Annual statistical returns and brief notes on vaccination in Bengal - 1896-1909
Year: 1896
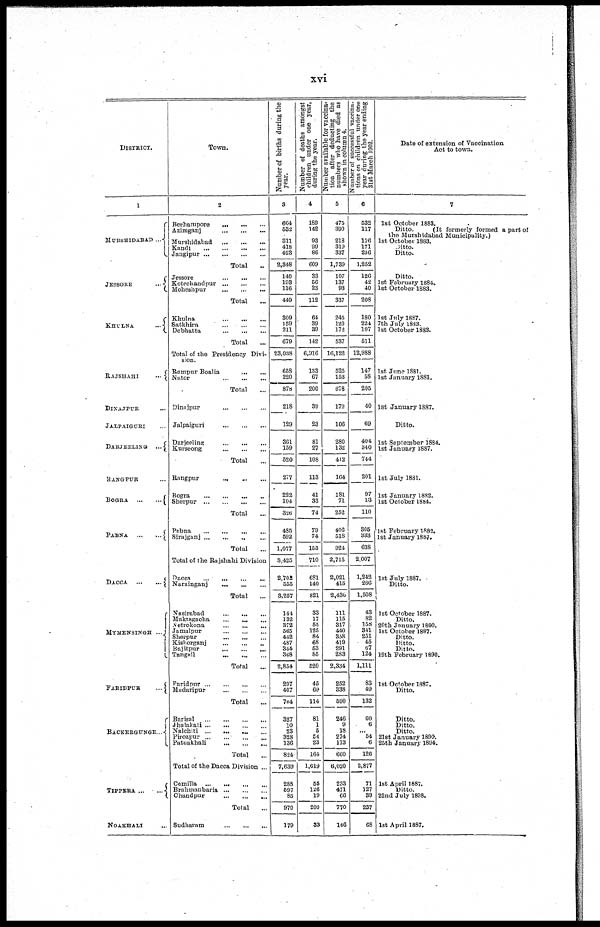
xvi
DISTRICT.
1
MURSHIDABAD ...
JESSORE
...
KHULAN
...
RAJSHAHI
...
DINAJPUR ...
JALPAIGURI ...
DARJEELING ...
RANGPUR ...
BOGRA
...
...
PABNA
...
...
DACCA ... ...
MYMENSINGH ...
FARIDPUR
...
BACKERGUNGE ...
TIPPERA ... ...
NOAKHALI ...
Town.
2
Berhampore
...
...
...
Azimganj
...
...
...
Murshidabad
...
...
...
Kandi
...
...
...
...
Jangipur
...
...
...
...
Total ...
Jessore
Kotechandpur
...
...
...
Moheshpur
...
...
...
Total ...
Khulna
...
...
...
Satkhira
...
...
...
Debhatta
...
...
...
Total ...
Total of the Presidency Divi¬
sion
Rampur Boalia
... ...
Nator
...
...
...
Total ...
Dinajpur
...
...
...
Jalpaiguri
...
...
...
Darjeeling
...
...
...
Kurseong
...
...
...
Total ...
Rangpur ... ... ...
Bogra ... ... ... ...
Sherpur
...
...
...
...
Total ...
Pabna
...
...
...
...
Sirajgunj
...
...
...
...
Total ...
Total of the Rajshahi Division
Dacca
...
...
...
...
Narainganj
...
...
...
Total ...
Nasirabad
...
...
...
Muktagacha
...
...
...
Netrokona
...
...
...
Jamalpur
...
...
...
Sherpur ... ... ...
Kishorganj
...
...
...
Bajitpur
...
...
...
Tangail ... ... ...
Total ...
Faridpur ... ... ... ...
Madaripur
...
...
...
Total ...
Barisal
...
...
...
...
Jhalakati ... ... ... ...
Nalchiti
...
...
...
...
Pirozpur
...
...
...
...
Patuakhali
...
...
...
Total ...
Total of the Dacca Division ...
Comilla
...
...
...
...
Brahmanbaria
...
...
...
Chandpur
...
...
...
Total ...
Sudharam ... ... ...
Number of births during the
year.
3
664
532
811
418
423
2,348
140
193
116
449
309
159
211
679
23,038
658
220
878
218
129
361
159
520
277
222
104
326
485
592
1,077
3,425
2,702
555
3,257
144
132
372
565
442
487
344
368
2,854
297
407
704
327
10
23
328
136
824
7,639
288
697
85
970
179
Number of deaths amongst
children under one year,
during the year.
4
189
142
93
99
86
609
33
56
23
112
64
39
39
142
6,916
183
67
200
39
23
81
27
108
113
41
33
74
79
74
153
710
681
140
821
33
17
55
125
84
68
53
85
520
45
69
114
81
1
5
54
23
164
1,619
55
126
19
200
33
Number available for vaccina-
tion after deducting the
numbers who have died as
shown in column 4.
5
476
390
218
319
337
1,739
107
137
93
337
245
120
172
537
16,122
525
153
678
179
106
280
132
412
164
181
71
252
406
518
924
2,715
2,021
415
2,436
111
115
317
440
338
419
291
283
2,334
252
338
590
246
9
18
274
113
660
6,020
233
471
66
770
146
N umber of successful vaccina-
tions on children under one
year during the year ending
31st March 1902.
6
532
117
176
171
256
1,252
126
42
40
208
180
224
107
511
12,988
147
58
205
40
69
404
340
744
201
97
13
110
305
333
638
2,007
1,242
266
1,508
43
82
158
341
251
45
67
124
1,111
83
49
132
60
6
... 54 6
126
2,877
71
127
39
237
68
Date of extension of Vaccination
Act to town.
7
1st October 1883.
Ditto.
(It formerly formed a part of
the Murshidabad Municipality.)
1st October 1883.
Ditto.
Ditto.
Ditto.
1st February 1884.
1st October 1883.
1st July 1887.
7th July 1833.
1st October 1883.
1st June 1881.
1st January 1881.
1st January 1887.
Ditto.
1st September 1884.
1st January 1887.
1st July 1831.
1st January 1882.
1st October 1884.
1st February 1882.
1st January 1887.
1st July 1887.
Ditto.
1st October 1887.
Ditto.
20th January 1890.
1st October 1887.
Ditto.
Ditto.
Ditto.
19th February 1890.
1st October 1887.
Ditto.
Ditto.
Ditto.
Ditto.
21st January 1890.
25th January 1894.
1st April 1887.
Ditto.
22nd July 1898.
1st April 1887.